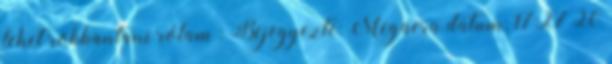
lehet robbantani rólam : Bejegyezte: Megaera dátum: 17:27 20